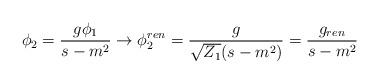
LaTeX: \begin{align*}\phi_2=\frac{g\phi_1}{s-m^2}\to \phi^{ren}_2=\frac{g}{\sqrt{Z_1}(s-m^2)}= \frac{g_{ren}}{s-m^2}\end{align*}